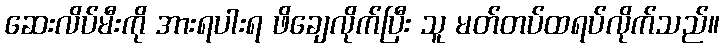
ဆေးလိပ်မီးကို အားရပါးရ ဖိချေလိုက်ပြီး သူ မတ်တပ်ထရပ်လိုက်သည်။